Report on horse surra - Volume II, Part I
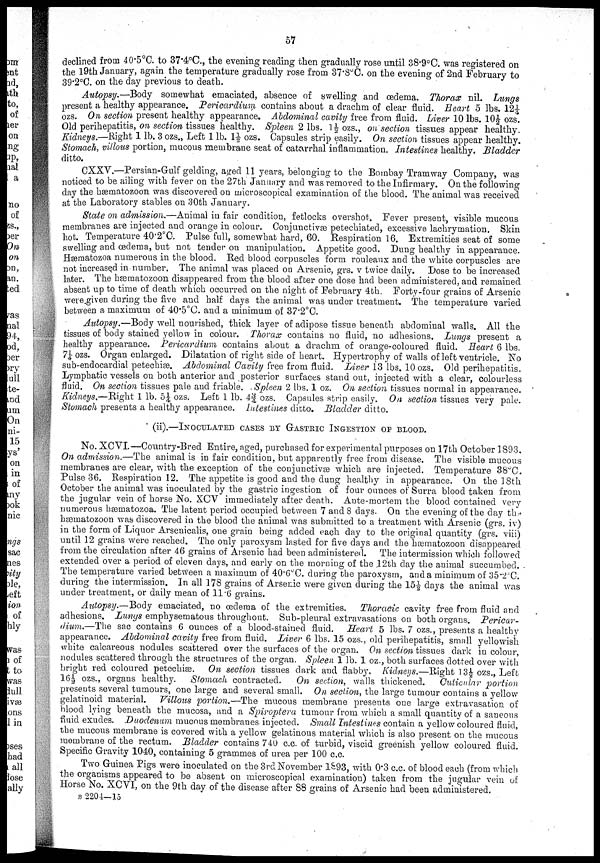
57
declined from 40.5°C. to 37.4°C., the evening reading then gradually rose until 38.9°C. was registered on
the 19th January, again the temperature gradually rose from 37.8°C. on the evening of 2nd February to
39.2°C. on the day previous to death.
Autopsy.—Body
somewhat emaciated, absence of swelling and œdema. Thorax nil. Lungs
present a healthy appearance. Pericardium contains about a drachm of clear fluid. Heart 5 lbs. 12¼
ozs. On section present healthy appearance. Abdominal cavity free from fluid. Liver 10 lbs. 10½ ozs.
Old perihepatitis, on section tissues healthy. Spleen 2 lbs. 1½ ozs., on section tissues appear healthy.
Kidneys.—Right 1 lb. 3 ozs., Left 1 lb. 1½ ozs. Capsules strip easily. On section tissues appear healthy.
Stomach, villous portion, mucous membrane seat of catarrhal inflammation. Intestines healthy. Bladder
ditto.
CXXV.—Persian-Gulf gelding, aged 11 years, belonging to the Bombay Tramway Company, was
noticed to be ailing with fever on the 27th January and was removed to the Infirmary. On the following
day the hæmatozoon was discovered on microscopical examination of the blood. The animal was received
at the Laboratory stables on 30th January.
State on admission.—Animal in fair condition, fetlocks overshot. Fever present, visible mucous
membranes are injected and orange in colour. Conjunctivæ petechiated, excessive lachrymation. Skin
hot. Temperature 40.2°C. Pulse full, somewhat hard, 60. Respiration 16. Extremities seat of some
swelling and œdema, but not tender on manipulation. Appetite good. Dung healthy in appearance.
Hæmatozoa numerous in the blood. Red blood corpuscles form rouleaux and the white corpuscles are
not increased in number. The animal was placed on Arsenic, grs. v twice daily. Dose to be increased
later. The hæmatozoon disappeared from the blood after one dose had been administered, and remained
absent up to time of death which occurred on the night of February 4th. Forty-four grains of Arsenic
were.given during the five and half days the animal was under treatment. The temperature varied
between a maximum of 40.5°C. and a minimum of 37.2°C.
Autopsy.—Body well nourished, thick layer of adipose tissue beneath abdominal walls. All the
tissues of body stained yellow in colour. Thorax contains no fluid, no adhesions. Lungs present a
healthy appearance. Pericardium contains about a drachm of orange-coloured fluid. Heart 6 lbs.
7¼ ozs. Organ enlarged. Dilatation of right side of heart. Hypertrophy of walls of left ventricle. No
sub-endocardial petechiæ. Abdominal Cavity free from fluid. Liver 13 lbs. 10 ozs. Old perihepatitis.
Lymphatic vessels on both anterior and posterior surfaces stand out, injected with a clear, colourless
fluid. On section tissues pale and friable. Spleen 2 lbs. 1 oz. On section tissues normal in appearance.
Kidneys.—Right 1 lb. 5¼ ozs. Left 1 lb. 4¾ ozs. Capsules strip easily. On section tissues very pale.
Stomach presents a healthy appearance. Intestines ditto. Bladder ditto.
(ii).—INOCULATED CASES BY GASTRIC INGESTION OF BLOOD.
No. XCVI.—Country-Bred Entire, aged, purchased for experimental purposes on 17th October 1893.
On admission.—The animal is in fair condition, but apparently free from disease. The visible mucous
membranes are clear, with the exception of the conjunctivæ which are injected. Temperature 38°C.
Pulse 36. Respiration 12. The appetite is good and the dung healthy in appearance. On the 18th
October the animal was inoculated by the gastric ingestion of four ounces of Surra blood taken from
the jugular vein of horse No. XCV immediately after death. Ante-mortem the blood contained very
numerous hæmatozoa. The latent period occupied between 7 and 8 days. On the evening of the day the
hæmatozoon was discovered in the blood the animal was submitted to a treatment with Arsenic (grs. iv)
in the form of Liquor Arsenicalis, one grain being added each day to the original quantity (grs. viii)
until 12 grains were reached. The only paroxysm lasted for five days and the hæmatozoon disappeared
from the circulation after 46 grains of Arsenic had been administered. The intermission which followed
extended over a period of eleven days, and early on the morning of the 12th day the animal succumbed.
The temperature varied between a maximum of 40.6°C. during the paroxysm, and a minimum of 35.2°C.
during the intermission. In all 178 grains of Arsenic were given during the 15½ days the animal was
under treatment, or daily mean of 11.6 grains.
Autopsy.—Body emaciated, no œdema of the extremities. Thoracic cavity free from fluid and
adhesions. Lungs emphysematous throughout. Sub-pleural extravasations on both organs.
Pericar-
dium.—The sac contains 6 ounces of a blood-stained fluid. Heart 5 lbs. 7 ozs., presents a healthy
appearance. Abdominal cavity free from fluid. Liver 6 lbs. 15 ozs., old perihepatitis, small yellowish
white calcareous nodules scattered over the surfaces of the organ. On section tissues dark in colour,
nodules scattered through the structures of the organ. Spleen 1 lb. 1 oz., both surfaces dotted over with
bright red coloured petechiæ. On section tissues dark and flabby. Kidneys.—Right 13½ ozs., Left
16½ ozs., organs healthy.
Stomach contracted.
On section, walls thickened.
Cuticular portion
presents several tumours, one large and several small. On section, the large tumour contains a yellow
gelatinoid material.
Villous portion.—The mucous membrane presents one large extravasation of
blood lying beneath the mucosa, and a Spiroptera tumour from which a small quantity of a saneous
fluid exudes. Duodenum mucous membranes injected. Small Intestines contain a yellow coloured fluid,
the mucous membrane is covered with a yellow gelatinous material which is also present on the mucous
membrane of the rectum. Bladder contains 740 c.c. of turbid, viscid greenish yellow coloured fluid.
Specific Gravity 1040, containing 5 grammes of urea per 100 c.c.
Two Guinea Pigs were inoculated on the 3rd November 1893, with 0.3 c.c. of blood each (from which
the organisms appeared to be absent on microscopical examination) taken from the jugular vein of
Horse No. XCVI, on the 9th day of the disease after 88 grains of Arsenic had been administered.
B 2204—15